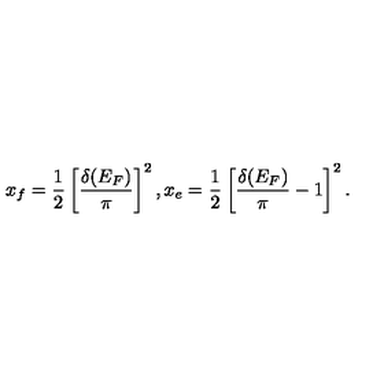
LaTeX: x _ { f } = { \frac { 1 } { 2 } } \left[ { \frac { \delta ( E _ { F } ) } { \pi } } \right] ^ { 2 } , x _ { e } = { \frac { 1 } { 2 } } \left[ { \frac { \delta ( E _ { F } ) } { \pi } } - 1 \right] ^ { 2 } .